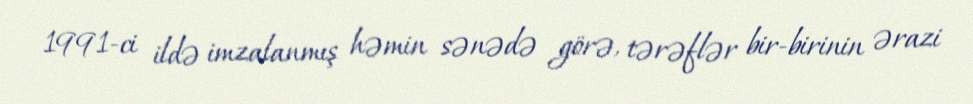
1991-ci ildə imzalanmış həmin sənədə görə, tərəflər bir-birinin ərazi